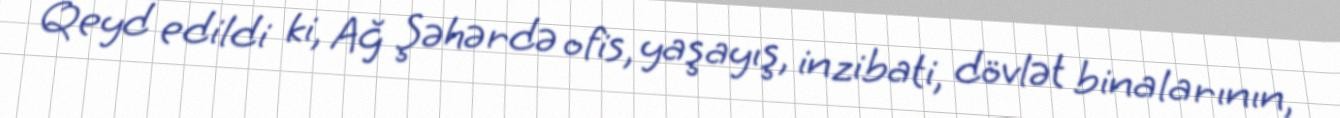
Qeyd edildi ki, Ağ Şəhərdə ofis, yaşayış, inzibati, dövlət binalarının,